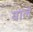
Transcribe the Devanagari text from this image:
यार्ल